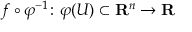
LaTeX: f \circ \varphi ^ { - 1 } \colon \varphi ( U ) \subset { \mathbf { R } } ^ { n } \to { \mathbf { R } }